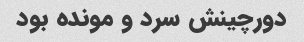
دورچینش سرد و مونده بود